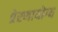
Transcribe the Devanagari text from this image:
प्रेरणायोग्य